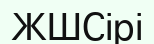
ЖШСірі